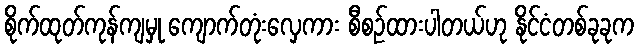
စိုက်ထုတ်ကုန်ကျမှု ကျောက်တုံးလှေကား စီစဉ်ထားပါတယ်ဟု နိုင်ငံတစ်ခုခုက